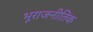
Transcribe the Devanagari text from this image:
भूराजनीतिक